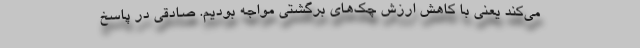
می‌کند یعنی با کاهش ارزش چک‌های برگشتی مواجه بودیم. صادقی در پاسخ